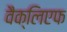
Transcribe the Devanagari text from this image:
वैक्लिएफ